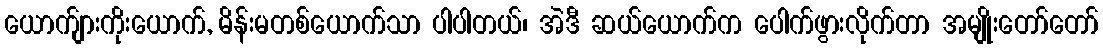
ယောက်ျားကိုးယောက်, မိန်းမတစ်ယောက်သာ ပါပါတယ်၊ အဲဒီ ဆယ်ယောက်က ပေါက်ဖွားလိုက်တာ အမျိုးတော်တော်